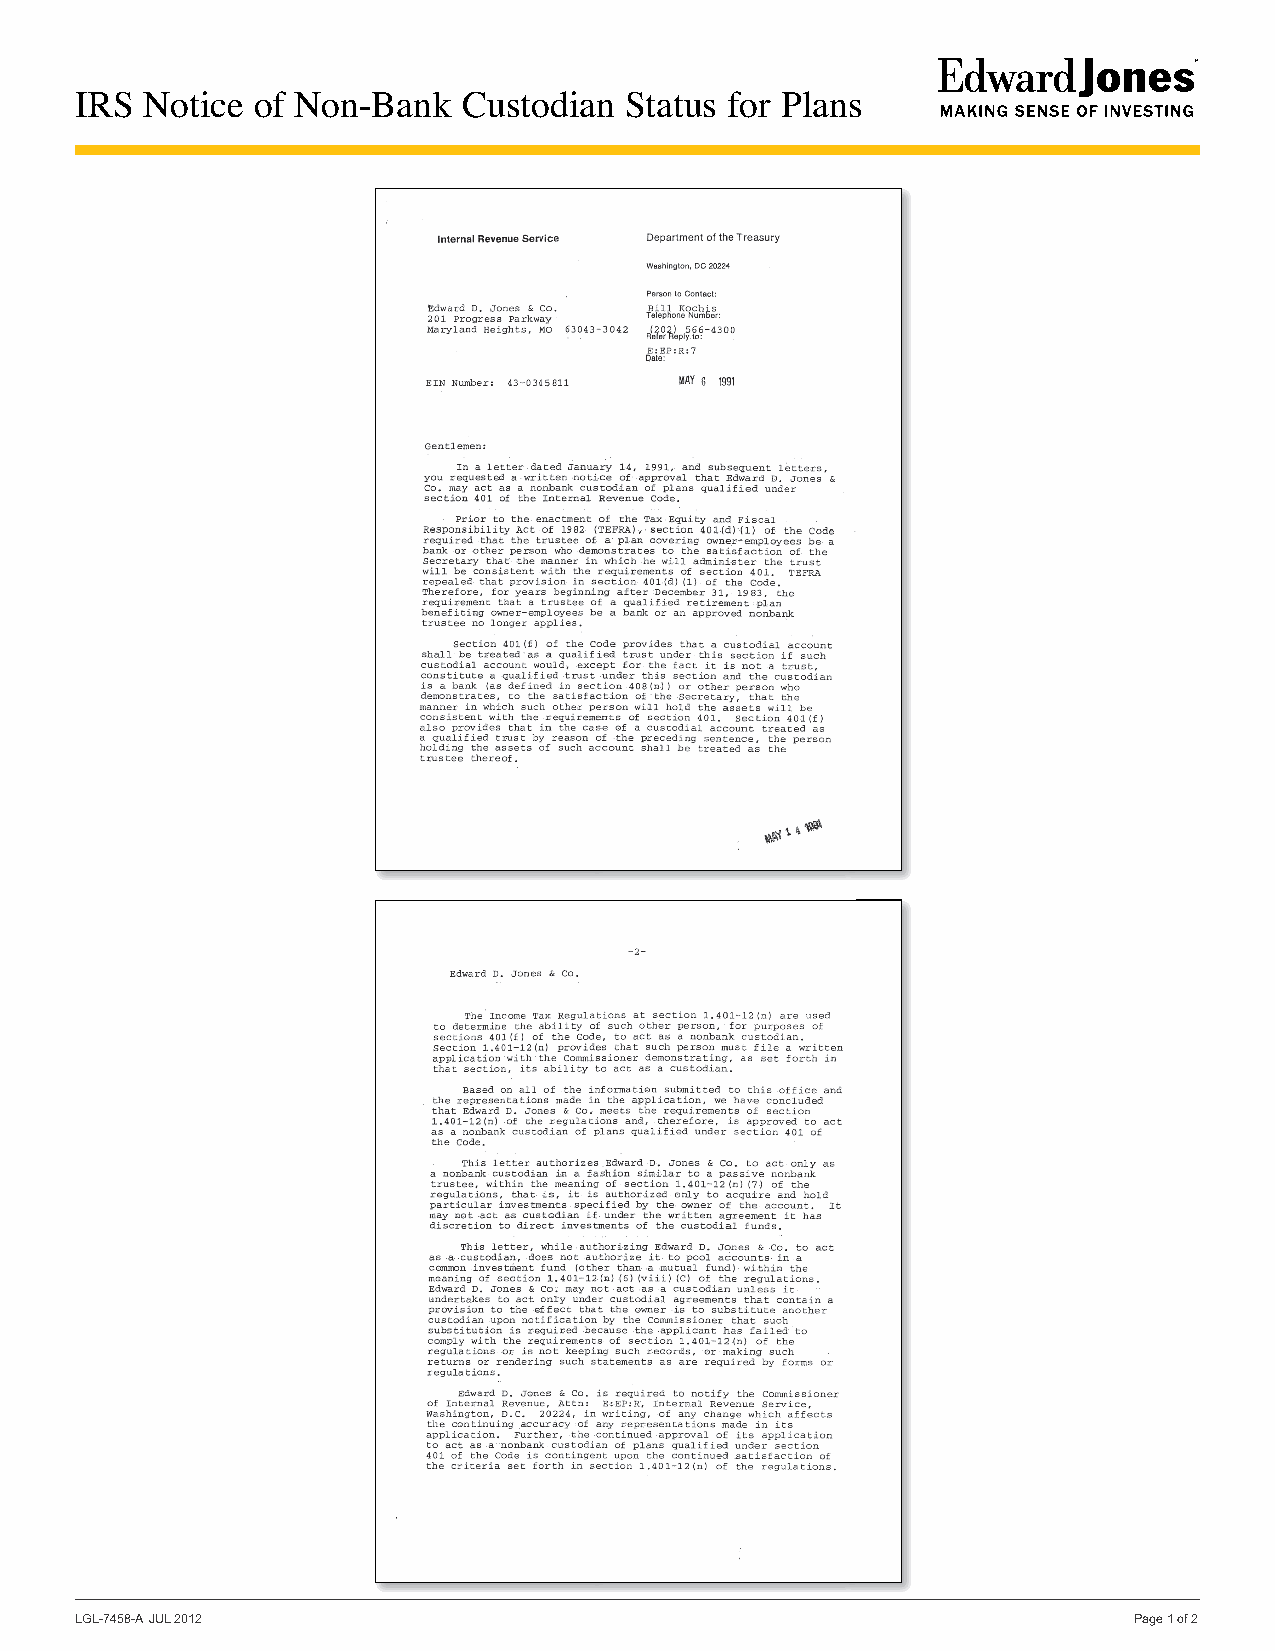
IRS  Notice of Non-Bank   Custodian Status for Plans
 LGL-7458-A JUL 2012                                                   Page 1 of 2